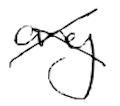
Text: any
Cross-out: cross
Writing tool: digital_black